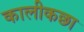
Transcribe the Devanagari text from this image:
कालीकछा